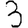
Digit: 3